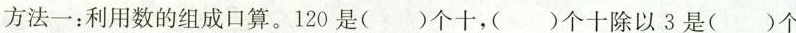
方法一：利用数的组成口算。120是( )个十，( )个十除以3是( )个